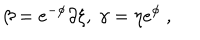
\beta = e ^ { - \phi } \partial \xi , \ \gamma = \eta e ^ { \phi } \ ,